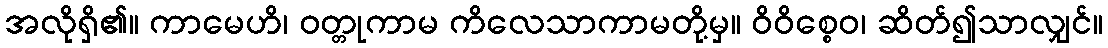
အလိုရှိ၏။ ကာမေဟိ၊ ဝတ္တုကာမ ကိလေသာကာမတို့မှ။ ဝိဝိစ္စေဝ၊ ဆိတ်၍သာလျှင်။